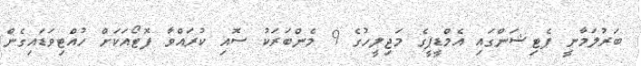
ބަރުލަމާނީ ޕެޓިޝަންގައި އެމްޑީޕީގެ މަޖިލީހުގެ 9 މެންބަރަކު ސޮއި ކުރައްވާ ފޮޓޯއަކަށް ހުއްޓިވަޑައިގެން